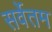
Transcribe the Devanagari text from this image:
सर्वेतम